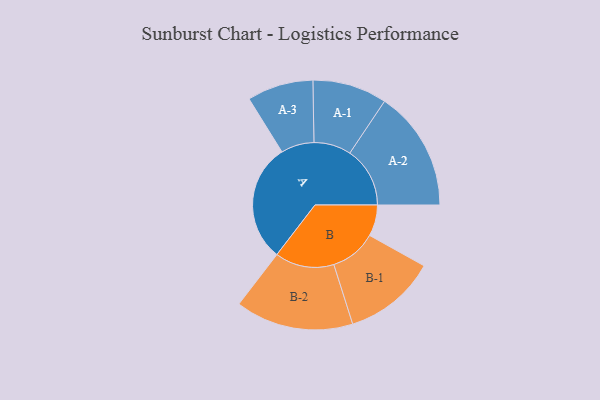
{"axis": {"x": "Segment", "y": "Value"}, "legend": ["", "A", "B"], "data": [{"x": "A", "y": 429, "type": ""}, {"x": "B", "y": 113, "type": ""}, {"x": "A-1", "y": 135, "type": "A"}, {"x": "A-2", "y": 218, "type": "A"}, {"x": "A-3", "y": 120, "type": "A"}, {"x": "B-1", "y": 168, "type": "B"}, {"x": "B-2", "y": 214, "type": "B"}]}